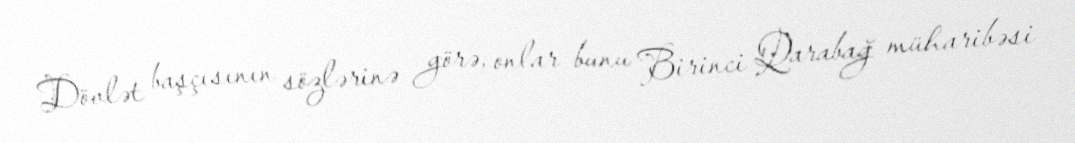
Dövlət başçısının sözlərinə görə, onlar bunu Birinci Qarabağ müharibəsi